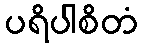
ပရိပါစိတံ